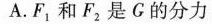
A.F_{1}和F_{2}是G的分力